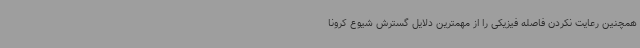
همچنین رعایت نکردن فاصله فیزیکی را از مهمترین دلایل گسترش شیوع کرونا